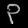
Digit: ၃